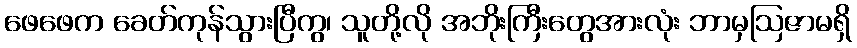
ဖေဖေက ခေတ်ကုန်သွားပြီကွ၊ သူတို့လို အဘိုးကြီးတွေအားလုံး ဘာမှဩဇာမရှိ